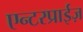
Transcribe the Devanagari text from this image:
एन्टरप्राईज़